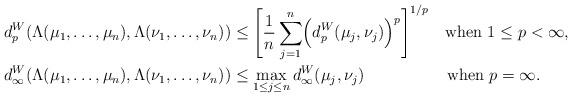
LaTeX: \begin{align*}d_p^W(\Lambda(\mu_1,\dots,\mu_n),\Lambda(\nu_1,\dots,\nu_n))&\le\Biggl[{1\over n}\sum_{j=1}^n\Bigl(d_p^W(\mu_j,\nu_j)\Bigr)^p\Biggr]^{1/p}\quad\mbox{when $1\le p<\infty$}, \\d_\infty^W(\Lambda(\mu_1,\dots,\mu_n),\Lambda(\nu_1,\dots,\nu_n))&\le\max_{1\le j\le n}d_\infty^W(\mu_j,\nu_j)\hskip2.1cm\mbox{when $p=\infty$}.\end{align*}